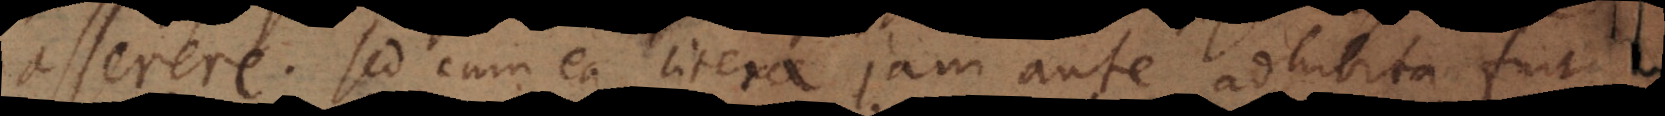
asserere. Sed cum ea litera jam ante adhibita fuit